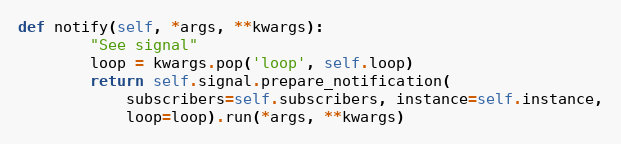
Language: Python
def notify(self, *args, **kwargs):
        "See signal"
        loop = kwargs.pop('loop', self.loop)
        return self.signal.prepare_notification(
            subscribers=self.subscribers, instance=self.instance,
            loop=loop).run(*args, **kwargs)